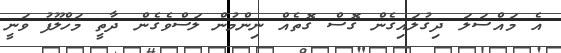
އެ މައްސަލަ ދިގުލައިގެން ގޮސް ގޮތެއް ނިންމުން ލަސްވެގެން ދާތީ މަހްލޫފު ވަނީ